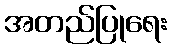
အတည်ပြုရေး